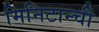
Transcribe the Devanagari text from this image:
मिनिटान्ची